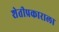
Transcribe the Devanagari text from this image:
शेतीप्रकाराला